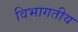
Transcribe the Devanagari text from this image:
विभागतीय